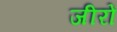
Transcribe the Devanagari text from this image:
जीरों